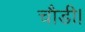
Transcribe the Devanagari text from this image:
चौडी।